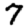
Digit: 7